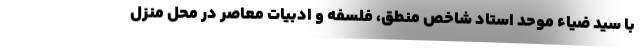
با سید ضیاء موحد استاد شاخص منطق، فلسفه و ادبیات معاصر در محلّ منزل